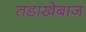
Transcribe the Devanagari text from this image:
तडाखेबाज